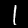
Digit: 1